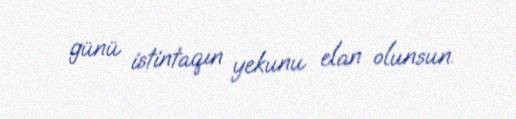
günü istintaqın yekunu elan olunsun.